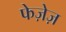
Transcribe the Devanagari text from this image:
फेज़ेज़